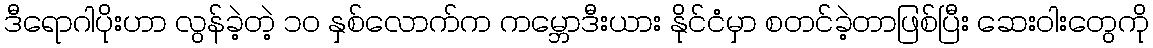
ဒီရောဂါပိုးဟာ လွန်ခဲ့တဲ့ ၁၀ နှစ်လောက်က ကမ္ဘောဒီးယား နိုင်ငံမှာ စတင်ခဲ့တာဖြစ်ပြီး ဆေးဝါးတွေကို